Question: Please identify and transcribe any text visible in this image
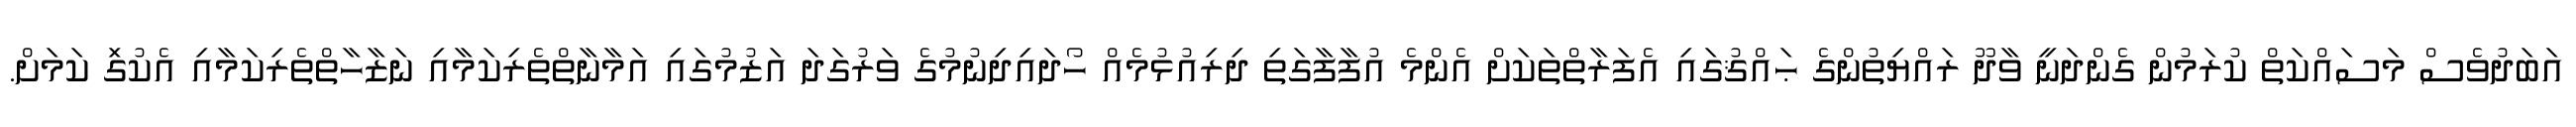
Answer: އަބަދުވެސް މަސައްކަތް ކުރަމުން ގެންދަނީ ވާދޫ ރައްޔިތުންގެ ޙައްޤުގައި އެފަރާތްތަކަށް އެންމެ އުފާފާގަތި ދިރިއުޅުމެއް ހޯދައިދިނުމުގެ ވަރުގަދަ އަޒުމުގައި އަމާނާތްތެރިކަމާއި ނަޒާހާތްތެރިކަމާއި އެކުގަި ކަމަށް.